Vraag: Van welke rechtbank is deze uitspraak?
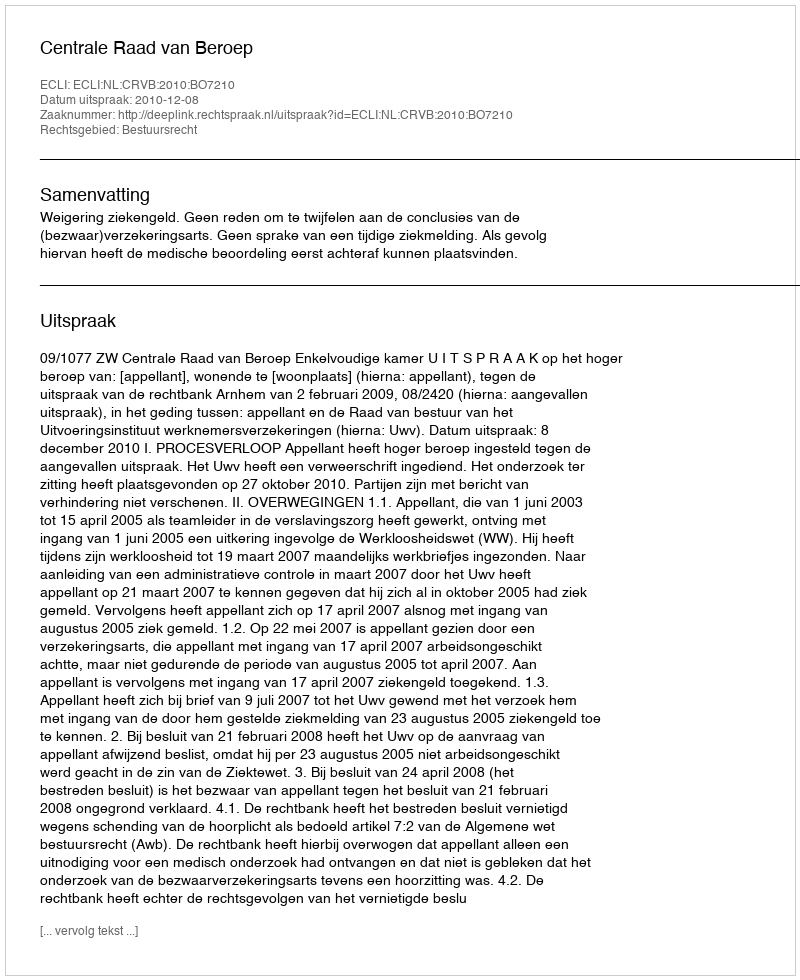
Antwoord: Centrale Raad van Beroep